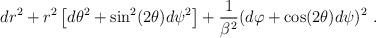
\begin{align*}dr^2 + r^2 \left[ d\theta^2 + \sin^2(2\theta) d\psi^2 \right] + \frac{1}{\beta^2} (d\varphi+\cos(2\theta)d\psi)^2~.\end{align*}